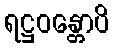
ရဋ္ဌဝန္တောပိ